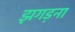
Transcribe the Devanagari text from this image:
झगड़ना